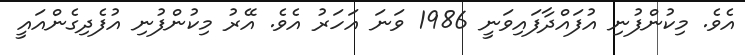
އެވެ. މިކުންފުނި އުފައްދާފައިވަނީ 1986 ވަނަ އަހަރު އެވެ. އޭރު މިކުންފުނި އުފެދިގެންއައީ